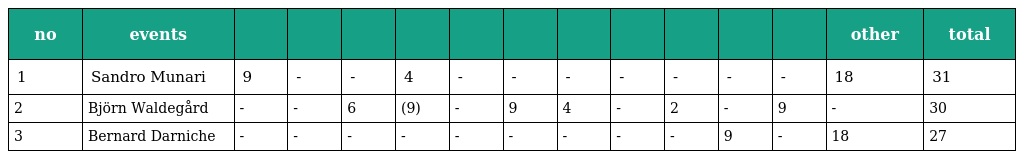
| no | events |  |  |  |  |  |  |  |  |  |  |  | other | total |
 | --- | --- | --- | --- | --- | --- | --- | --- | --- | --- | --- | --- | --- | --- | --- |
 | 1 | Sandro Munari | 9 | - | - | 4 | - | - | - | - | - | - | - | 18 | 31 |
 | 2 | Björn Waldegård | - | - | 6 | (9) | - | 9 | 4 | - | 2 | - | 9 | - | 30 |
 | 3 | Bernard Darniche | - | - | - | - | - | - | - | - | - | 9 | - | 18 | 27 |